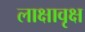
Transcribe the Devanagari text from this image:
लाक्षावृक्ष